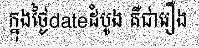
ក្នុងថ្ងៃdateដំបូង គឺជារឿង